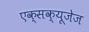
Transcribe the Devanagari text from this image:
एक्सक्यूजेज